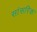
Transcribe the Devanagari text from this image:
सांसरिक